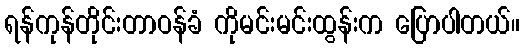
ရန်ကုန်တိုင်းတာဝန်ခံ ကိုမင်းမင်းထွန်းက ပြောပါတယ်။